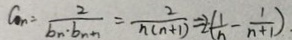
a _ { n } = \frac { 2 } { b _ { n } \cdot b _ { n + 1 } } = \frac { 2 } { n ( n + 1 ) } = 2 ( \frac { 1 } { n } - \frac { 1 } { n + 1 } ) .